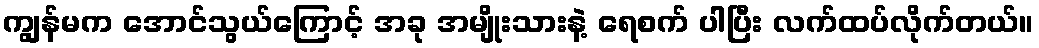
ကျွန်မက အောင်သွယ်ကြောင့် အခု အမျိုးသားနဲ့ ရေစက် ပါပြီး လက်ထပ်လိုက်တယ်။